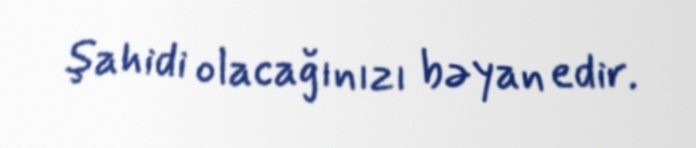
şahidi olacağınızı bəyan edir.